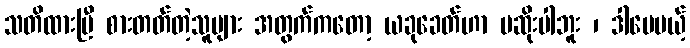
သတိထားပြီ စားတတ်တဲ့သူများ အတွက်ကတော့ ယခုခေတ်ဟာ မဆိုးပါဘူး ၊ ဒါပေမယ့်